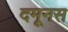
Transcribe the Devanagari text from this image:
दमूनस